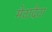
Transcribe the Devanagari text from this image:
मेटादेटा